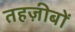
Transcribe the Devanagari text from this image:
तहज़ीबों